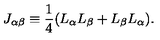
J _ { \alpha \beta } \equiv \frac { 1 } { 4 } ( L _ { \alpha } L _ { \beta } + L _ { \beta } L _ { \alpha } ) .